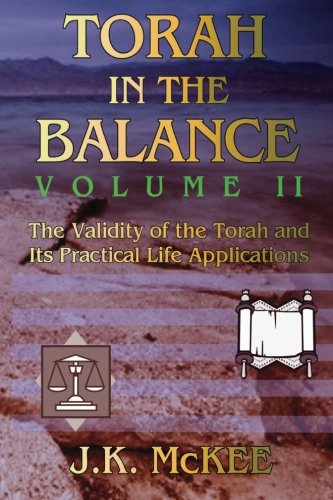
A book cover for Torah In the Balance, Volume II: The Set-Apart Life in Action - The Outward Expressions of Faith; J.K. McKee; Christian Books & Bibles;